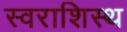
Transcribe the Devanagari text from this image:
स्वराशिस्थ